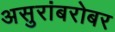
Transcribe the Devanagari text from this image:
असुरांबरोबर